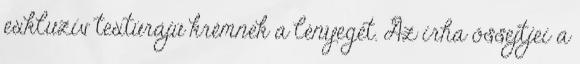
exkluzív textúrájú krémnek a lényegét. Az irha őssejtjei a